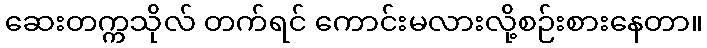
ဆေးတက္ကသိုလ် တက်ရင် ကောင်းမလားလို့စဉ်းစားနေတာ။